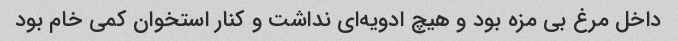
داخل مرغ بی مزه بود و هیچ ادویه‌ای نداشت و کنار استخوان کمی خام بود